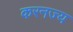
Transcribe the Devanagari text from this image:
करनज्य